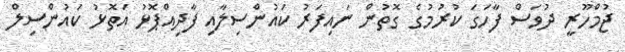
ޖުމްހޫރީ ދުވަސް ފާހަގަ ކުރުމުގެ ގޮތުން ނައިފަރު ކައުންސިލާއި ފާދިއްޕޮޅު އަތޮޅު ކައުންސިލް